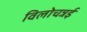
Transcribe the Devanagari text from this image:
विलोचन्नई